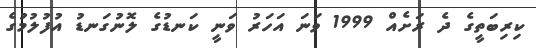
ކިރިބަތީގެ ދެ ރަށެއް 1999 ވަނަ އަހަރު ވަނީ ކަނޑުގެ ލޮނުގަނޑު އުފުލުމުގެ